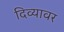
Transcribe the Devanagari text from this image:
दिव्यावर